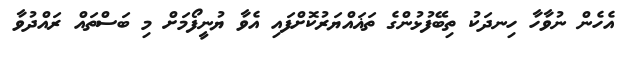
އެހެން ނުވާހާ ހިނދަކު ތިބޭފުޅުންގެ ތަޣައްޔަރުކޮށްފައި އެވާ ޔުނީފޯމަށް މި ބަސްތައް ރައްދުވާ